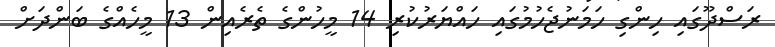
ރަސްދޫގައި ހިންގި ހަމަނުޖެހުމުގައި ހައްޔަރުކުރި 14 މީހުންގެ ތެރެއިން 13 މީހެއްގެ ބަންދަށް